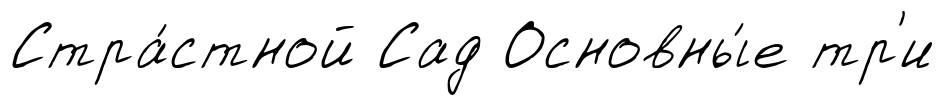
Стра́стной Сад Основны́е тр'и